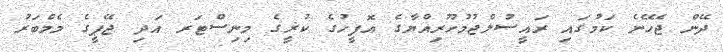
ދޭން ޖެހޭނެ ކަމުގައި ރައީސުލްޖުމުހޫރިއްޔާގެ އޮފީހުގެ ކުޜީގެ މިނިސްޓަރ އަދި ޖޭޕީގެ މެމްބަރު